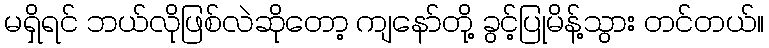
မရှိရင် ဘယ်လိုဖြစ်လဲဆိုတော့ ကျနော်တို့ ခွင့်ပြုမိန့်သွား တင်တယ်။